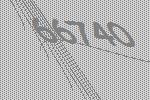
66740